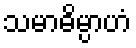
သမာဓိမ္ပာဟံ